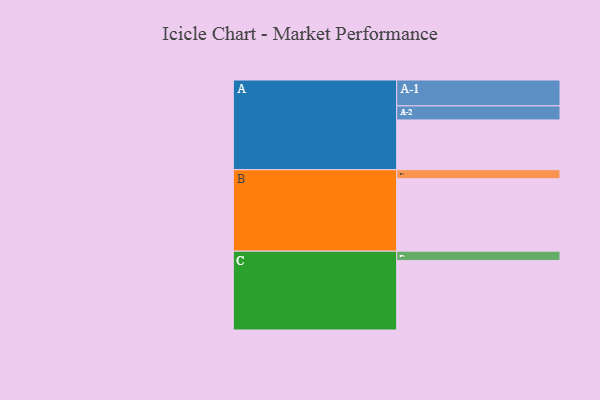
{"axis": {"x": "Segment", "y": "Value"}, "legend": ["", "A", "B", "C"], "data": [{"x": "A", "y": 375, "type": ""}, {"x": "B", "y": 546, "type": ""}, {"x": "C", "y": 524, "type": ""}, {"x": "A-1", "y": 195, "type": "A"}, {"x": "A-2", "y": 106, "type": "A"}, {"x": "B-1", "y": 68, "type": "B"}, {"x": "C-1", "y": 70, "type": "C"}]}